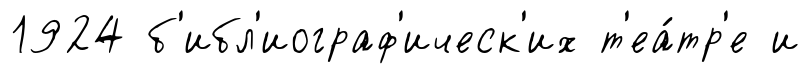
1924 б'ибл'иограф'ическ'их т'еа́тр'е и